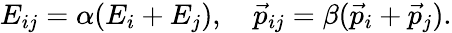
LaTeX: E_{ij}=\alpha(E_{i}+E_{j}),~~~~\vec{p}_{ij}=\beta(\vec{p}_{i}+\vec{p}_{j}).